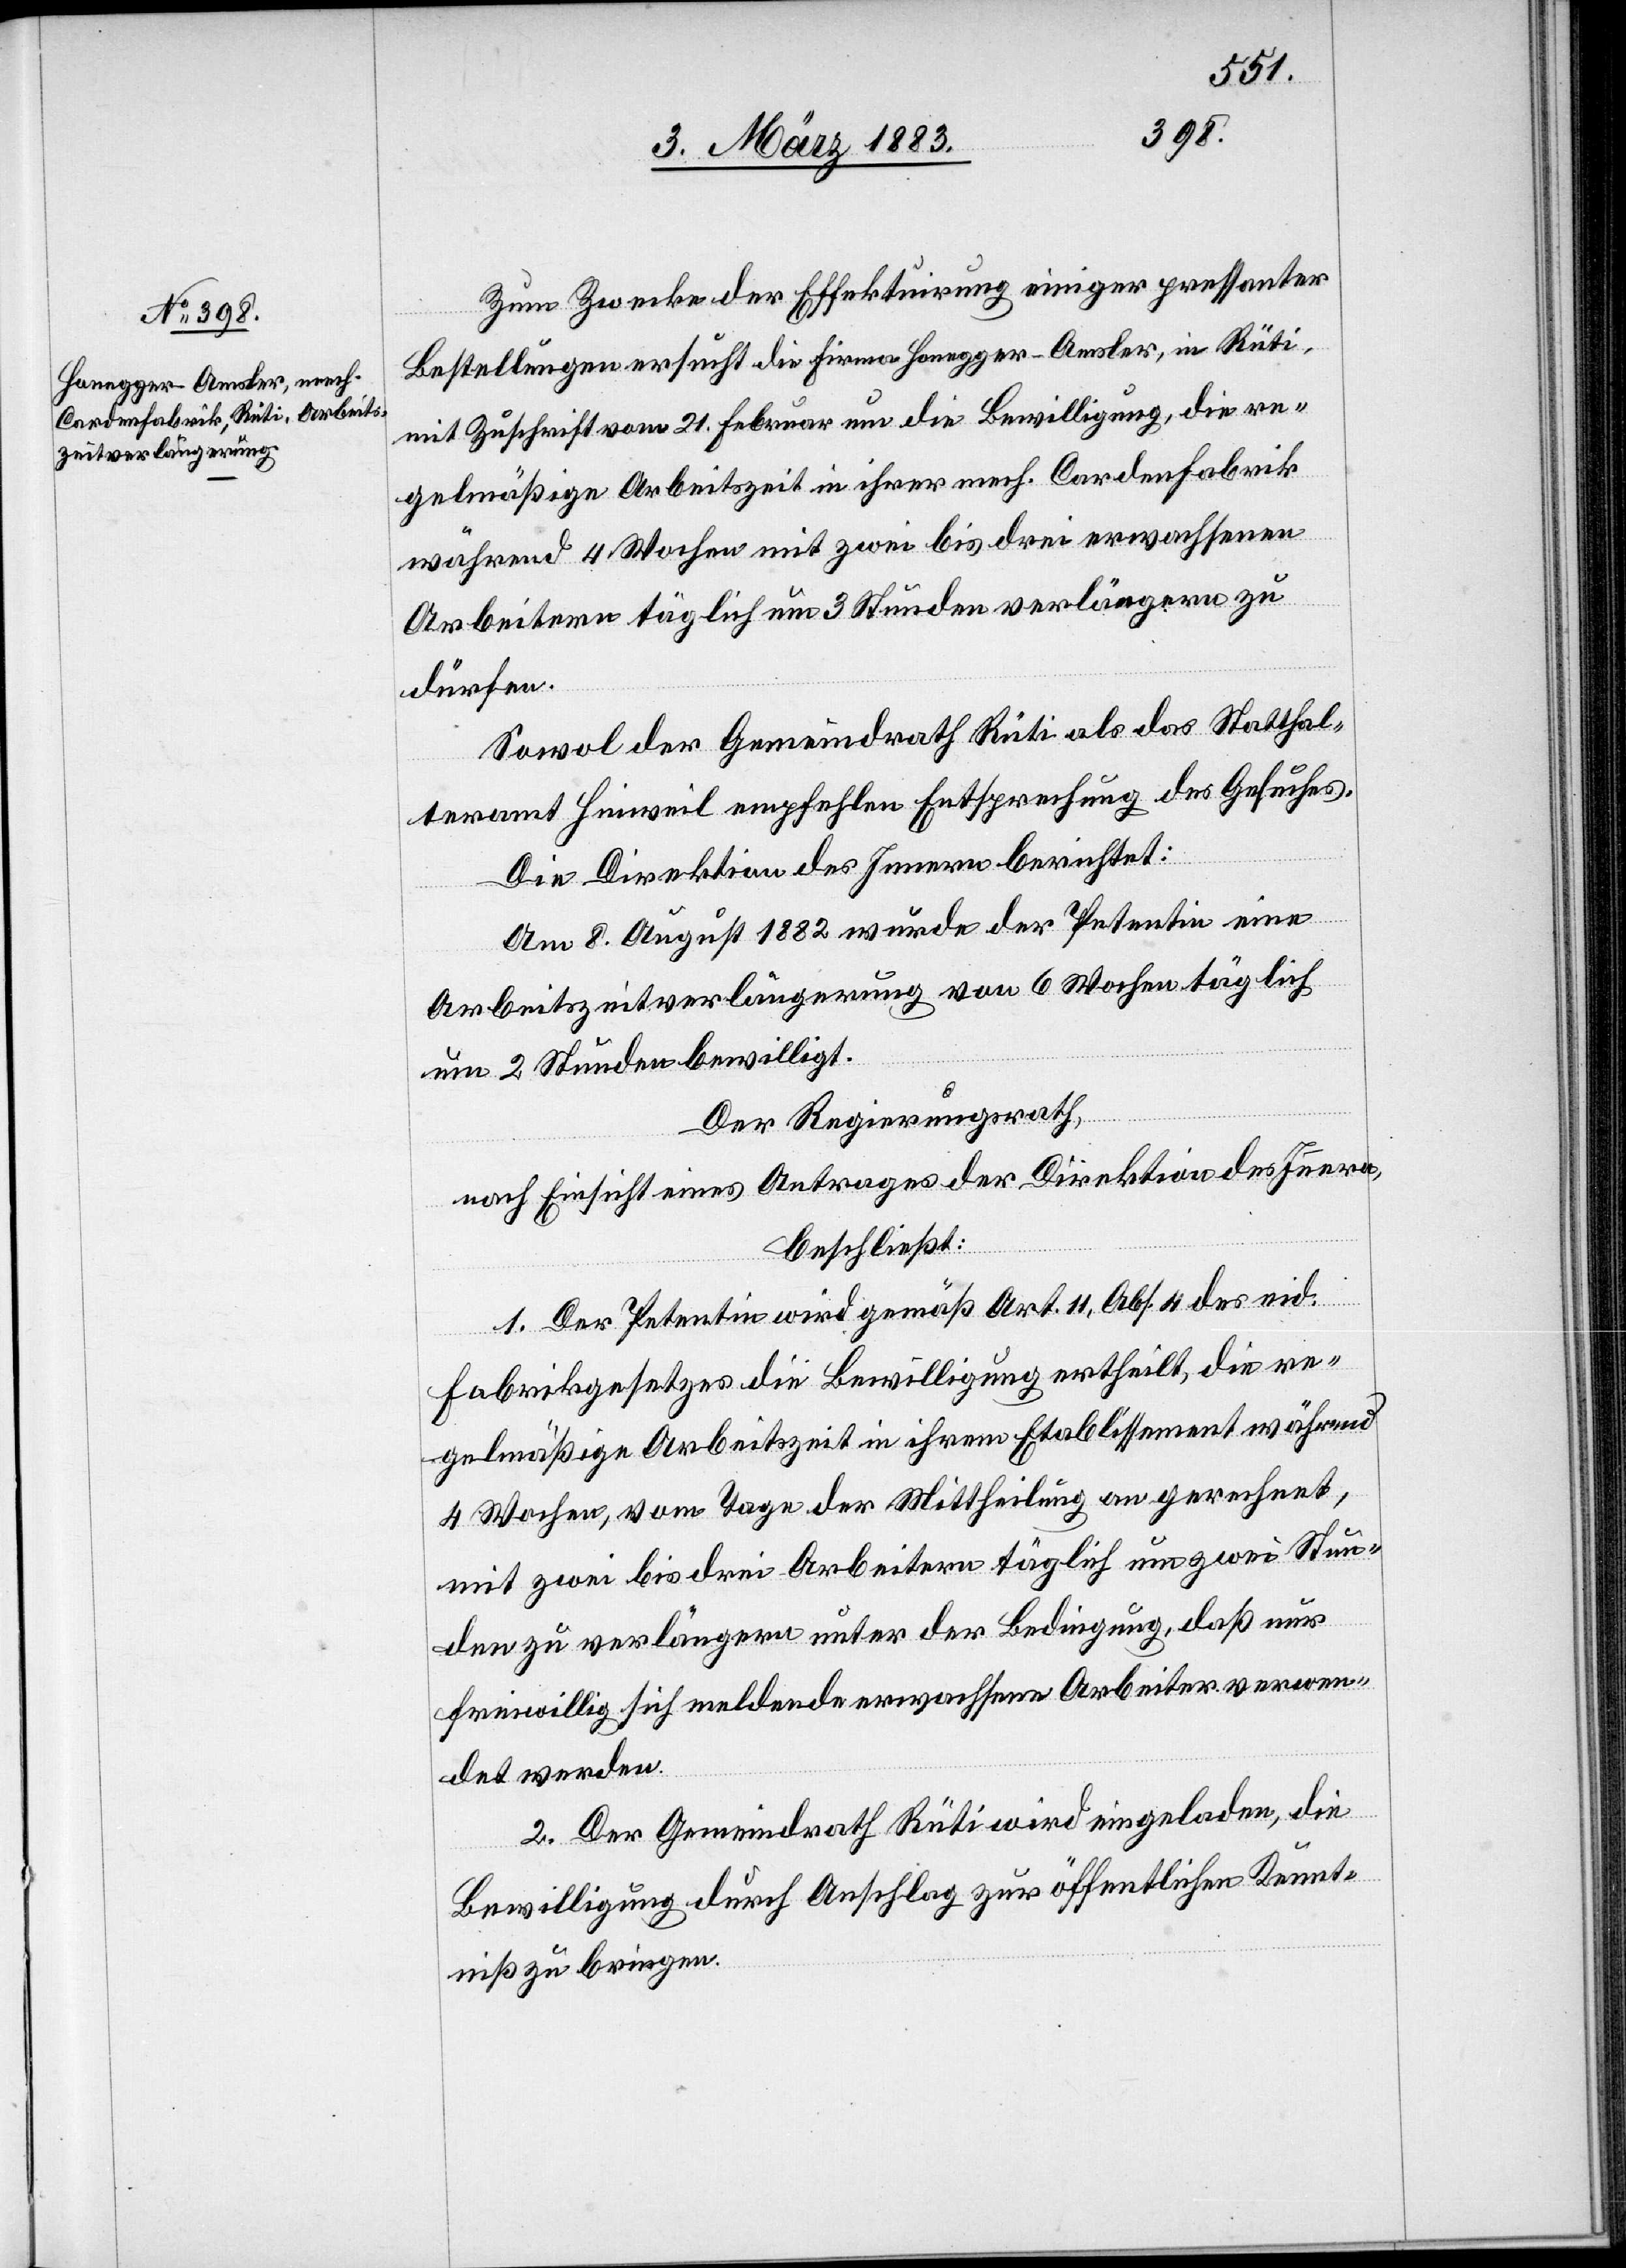
Zum Zwecke der Effektuirung einiger pressanter
Bestellungen ersucht die Firma Honegger-Amsler, in Rüti,
mit Zuschrift vom 21. Februar um die Bewilligung, die re¬
gelmäßige Arbeitszeit in ihrer mech. Cardenfabrik
während 4 Wochen mit zwei bis drei erwachsenen
Arbeitern täglich um 3 Stunden verlängern zu
dürfen.
Sowol der Gemeindrath Rüti als das Statthal¬
teramt Hinweil empfehlen Entsprechung des Gesuches.
Die Direktion des Innern berichtet:
Am 8. August 1882 wurde der Petentin eine
Arbeitszeitverlängerung von 6 Wochen täglich
um 2 Stunden bewilligt.
Der Regierungsrath,
nach Einsicht eines Antrages der Direktion des Innern,
beschließt:
1. Der Petentin wird gemäß Art. 11, Abs. 4 des eid.
Fabrikgesetzes die Bewilligung ertheilt, die re¬
gelmäßige Arbeitszeit in ihrem Etablissement während
4 Wochen, vom Tage der Mittheilung an gerechnet,
mit zwei bis drei Arbeitern täglich um zwei Stun¬
den zu verlängern unter der Bedingung, daß nur
freiwillig sich meldende erwachsene Arbeiter verwen¬
det werden.
2. Der Gemeindrath Rüti wird eingeladen, die
Bewilligung durch Anschlag zur öffentlichen Kennt¬
niß zu bringen.